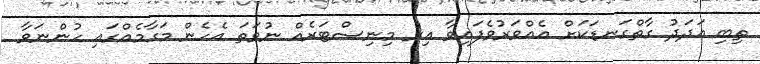
ތިބި އަދަދު ގާތްގަނޑަކަށް އެއްވަރުވެފައިވާ އިރު މިނިސްޓަރެއް ނުވަތަ އެހެން މަގާމެއްގައި ހުންނަވާ